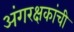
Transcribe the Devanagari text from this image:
अंगरक्षकांची